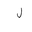
Letter: _lam